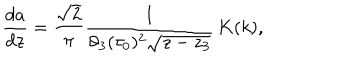
LaTeX: \frac { d a } { d z } = \frac { \sqrt { 2 } } { \pi } \frac { 1 } { \vartheta _ { 3 } ( \tau _ { 0 } ) ^ { 2 } \sqrt { z - z _ { 3 } } } \, K ( k ) ,